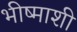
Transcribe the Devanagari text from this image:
भीष्माशी